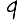
Digit: 9